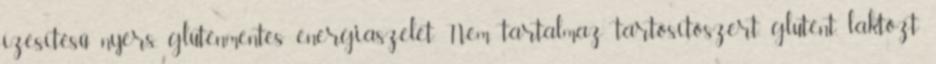
ízesítésű nyers, gluténmentes energiaszelet. Nem tartalmaz tartósítószert, glutént, laktózt